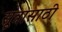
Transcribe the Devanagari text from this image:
सूत्रासाठी